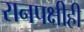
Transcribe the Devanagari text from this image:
रानपक्षीही